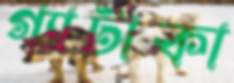
গ্যাটাকা